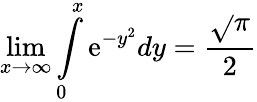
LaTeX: \lim\limits_{x\rightarrow\infty}\int\limits_{0}^{x}\mathrm{e}^{-y^{2}}dy=\frac{{\sqrt{}{{\pi}}}}{{2}}